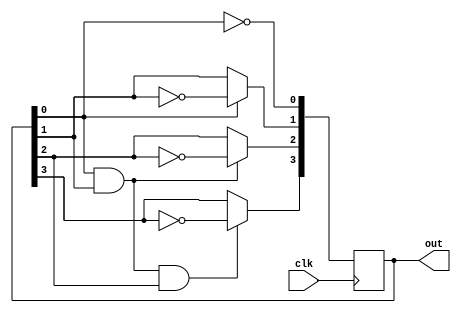
module sync_series_carry_counter(clk,out);
  input clk;
  output reg [3:0] out;
  wire a1,a2;
  
  assign a1 = out[0] & out[1];
  assign a2 = a1 & out[2];
  
  always@(posedge clk)
  
        begin
          out[0] <= ~out[0];
          
          if(out[0])
            out[1] <= ~out[1];
				
          if(a1)
            out[2] <= ~out[2];
				
          if(a2)
            out[3] <= ~out[3];
      
		
  end
  
endmodule